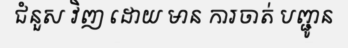
ជំនួស វិញ ដោយ មាន ការចាត់ បញ្ជូន